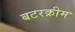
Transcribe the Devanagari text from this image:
बटरक्रीम